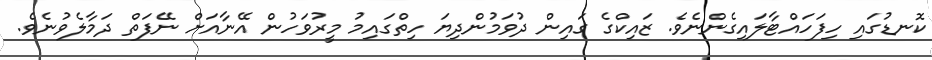
ކޮނޑުގައި ހިފަހައްޓާލައިގެންނެވެ. ޒައިކްގެ ގައިން ދުވަމުންދިޔަ ހިތްގައިމު މީރުވަހުން އޭނާއަށް ނޭފަތް ދަމާލެވުނެވެ.